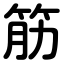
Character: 筋